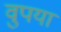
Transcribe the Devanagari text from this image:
वुपया